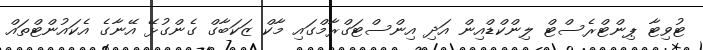
ޓުވިޓާ ޕިންޓްރެސްޓް ލިންކްޑްއިން އަދި އިންސްޓަގްރާމްގައި މާކް ޒަކަބާގް ގެންގުޅޭ އޭނާގެ އެކައުންޓްތައް